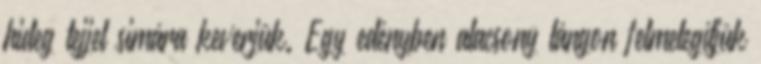
hideg tejjel simára keverjük. Egy edényben alacsony lángon felmelegítjük